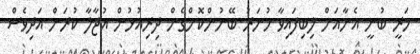
މަރީ ބުނީ އެނާއަށް ލިބިފައިވާ ހުނަރު ބޭނުންކޮށްގެން ދިރިއުޅުން އުޖާލާ ކުރަން އަދިވެސް